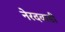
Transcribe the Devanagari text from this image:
नेरदवाडी